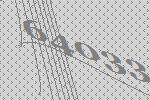
64033